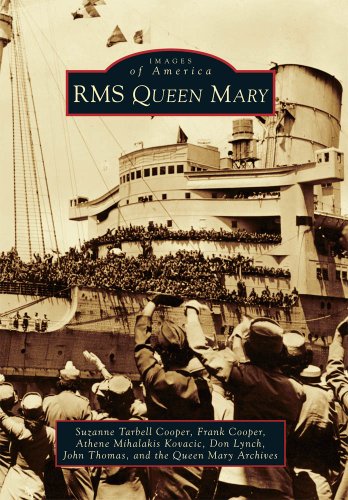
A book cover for RMS Queen Mary (Images of America) (Images of America (Arcadia Publishing)); Suzanne Tarbell Cooper; Arts & Photography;